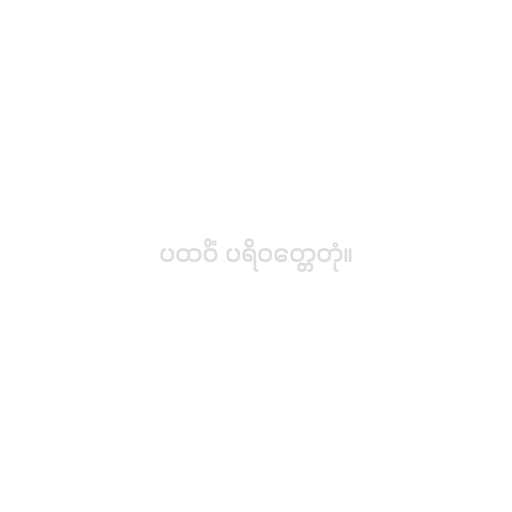
ပထဝိံ ပရိဝတ္တေတုံ။